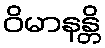
ဝိမာနန္တိ